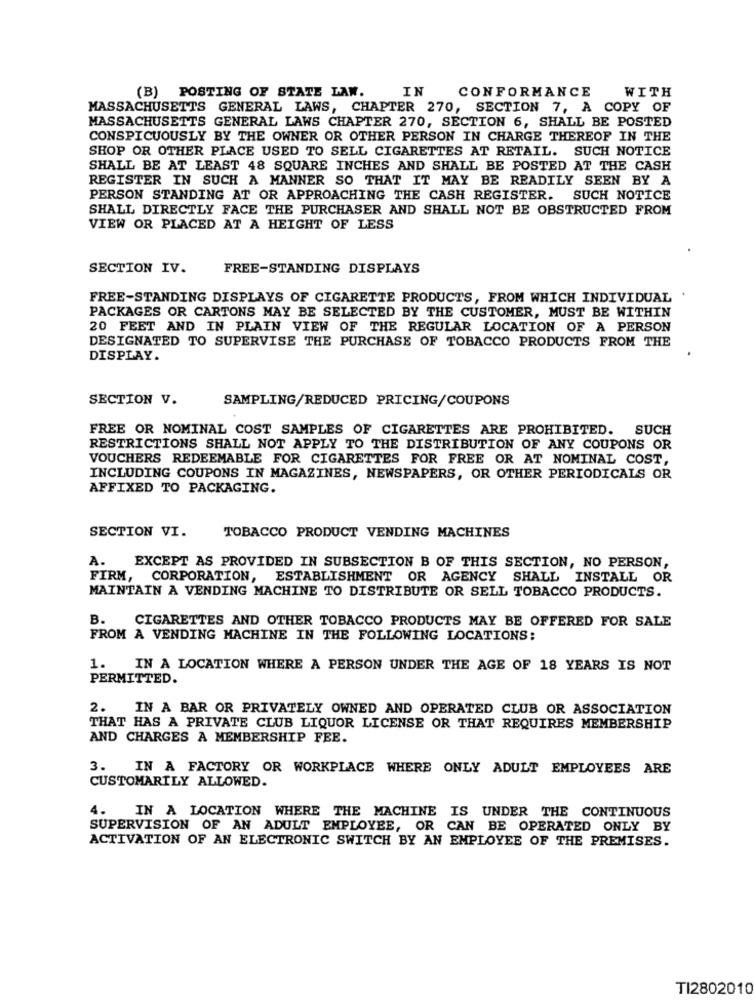
IN
CONFORMANCE
WITH
(B) POSTING OF STATE LAW.
MASSACHUSETTS GENERAL LAWS, CHAPTER 270, SECTION 7, A COPY OF
MASSACHUSETTS GENERAL LAWS CHAPTER 270, SECTION 6, SHALL BE POSTED
CONSPICUOUSLY BY THE OWNER OR OTHER PERSON IN CHARGE THEREOF IN THE
SHOP OR OTHER PLACE USED TO SELL CIGARETTES AT RETAIL. SUCH NOTICE
SHALL BE AT LEAST 48 SQUARE INCHES AND SHALL BE POSTED AT THE CASH
REGISTER IN SUCH A MANNER SO THAT IT MAY BE READILY SEEN BY A
PERSON STANDING AT OR APPROACHING THE CASH REGISTER. SUCH NOTICE
SHALL DIRECTLY FACE THE PURCHASER AND SHALL NOT BE OBSTRUCTED FROM
VIEW OR PLACED AT A HEIGHT OF LESS
SECTION IV.
FREE-STANDING DISPLAYS
FREE-STANDING DISPLAYS OF CIGARETTE PRODUCTS, FROM WHICH INDIVIDUAL .
PACKAGES OR CARTONS MAY BE SELECTED BY THE CUSTOMER, MUST BE WITHIN
20 FEET AND IN PLAIN VIEW OF THE REGULAR LOCATION OF A PERSON
DESIGNATED TO SUPERVISE THE PURCHASE OF TOBACCO PRODUCTS FROM THE
DISPLAY.
SECTION V.
SAMPLING/REDUCED PRICING/COUPONS
FREE OR NOMINAL COST SAMPLES OF CIGARETTES ARE PROHIBITED. SUCH
RESTRICTIONS SHALL NOT APPLY TO THE DISTRIBUTION OF ANY COUPONS OR
VOUCHERS REDEEMABLE FOR CIGARETTES FOR FREE OR AT NOMINAL COST,
INCLUDING COUPONS IN MAGAZINES, NEWSPAPERS, OR OTHER PERIODICALS OR
AFFIXED TO PACKAGING.
SECTION VI.
TOBACCO PRODUCT VENDING MACHINES
A.
EXCEPT AS PROVIDED IN SUBSECTION B OF THIS SECTION, NO PERSON,
FIRM, CORPORATION, ESTABLISHMENT OR AGENCY SHALL INSTALL OR
MAINTAIN A VENDING MACHINE TO DISTRIBUTE OR SELL TOBACCO PRODUCTS.
B.
CIGARETTES AND OTHER TOBACCO PRODUCTS MAY BE OFFERED FOR SALE
FROM A VENDING MACHINE IN THE FOLLOWING LOCATIONS:
1.
IN A LOCATION WHERE A PERSON UNDER THE AGE OF 18 YEARS IS NOT
PERMITTED.
2. IN A BAR OR PRIVATELY OWNED AND OPERATED CLUB OR ASSOCIATION
THAT HAS A PRIVATE CLUB LIQUOR LICENSE OR THAT REQUIRES MEMBERSHIP
AND CHARGES A MEMBERSHIP FEE.
3. IN A FACTORY OR WORKPLACE WHERE ONLY ADULT EMPLOYEES ARE
CUSTOMARILY ALLOWED.
4. IN A LOCATION WHERE THE MACHINE IS UNDER THE CONTINUOUS
SUPERVISION OF AN ADULT EMPLOYEE, OR CAN BE OPERATED ONLY BY
ACTIVATION OF AN ELECTRONIC SWITCH BY AN EMPLOYEE OF THE PREMISES.
TI2802010